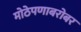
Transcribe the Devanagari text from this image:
मोठेपणाबरोबर